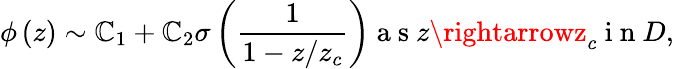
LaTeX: \phi\left(z\right)\sim\mathbb{C}_{1}+\mathbb{C}_{2}\sigma\left(\frac{{1}}{{1-z/z_{c}}}\right)\mathrm{{~a~s~}}z\rightarrowz_{c}\mathrm{{~i~n~}}D,